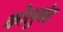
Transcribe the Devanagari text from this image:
कोलुमंड